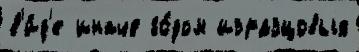
в'и́д'е иначе го́дом изразцовых